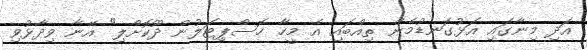
އަދި މިނާގައި އަޅުގަނޑުމެން ތިއްބައި އެ މީހާ ހޮސްޕިޓަލުން ދޫކޮށްލި" އޭނާ ވިދާޅުވި